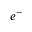
e ^ { - }